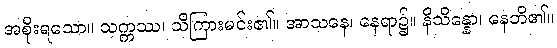
အစိုးရသော။ သက္ကဿ၊ သိကြားမင်း၏။ အာသနေ၊ နေရာ၌။ နိသိန္နော၊ နေဘိ၏။